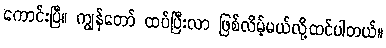
ကောင်းပြီ။ ကျွန်တော် ထပ်ပြီးလာ ဖြစ်လိမ့်မယ်လို့ထင်ပါတယ်။